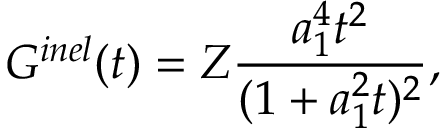
G ^ { i n e l } ( t ) = Z \frac { a _ { 1 } ^ { 4 } t ^ { 2 } } { ( 1 + a _ { 1 } ^ { 2 } t ) ^ { 2 } } ,